Reports on military cantonments and civil stations in the Presidency of Bombay inspected by the Sanitary Commissioner in the years 1875 and 1876
Year: 1875
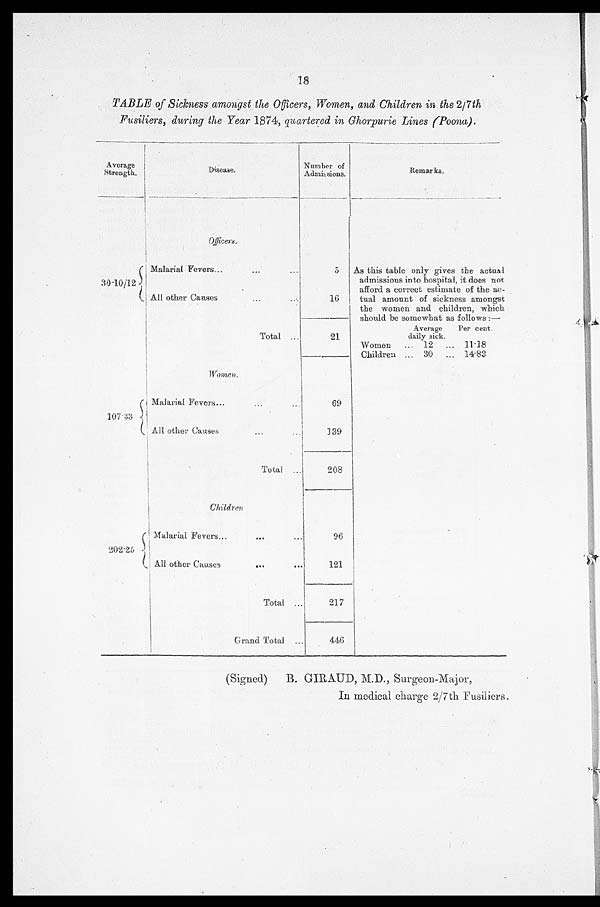
18
TABLE of Sickness amongst the Officers, Women, and Children in the 2/7th
Fusiliers, during the Year 1874, quartered in Ghorpurie Lines (Poona).
Average
Strength.
Disease.
Number of
Admissions.
R e m a r k s .
30.10/12
Officers.
Malarial Fevers..... ...
...
As this table only gives the actual
admissions into hospital, it does not
afford a correct estimate of the ac-
All other Causes.... ""
16
tual amount of sickness amongst
the women and children, which
should be somewhat as follows:—
_
Total ...
21
_______
Average
daily sick.
Per cent.
Women
... 12
11.18
Children ... 30
... 14.83
W o m e n .
1 0 7 . 3 3
Malarial Fevers......
...
69
All other Causes... ...
139
Total ...
208
Children
202.25
Malarial Fevers...
...
96
All other Causes
...
. . .
121
Total ...
217
Grand Total ...
446
(Signed) B. GIRAUD, M.D., Surgeon-Major,
In medical charge 2/7th Fusiliers.